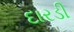
દારડી